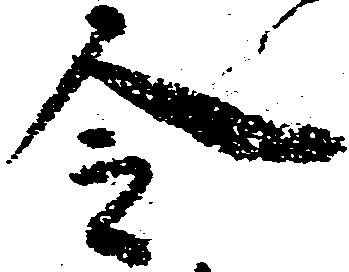
令